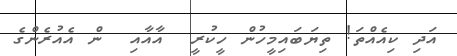
އަދި ކިއެއްތަ! ތިޔަބައިމީހުން ހީކުރީ  އާއާއި  ން އެއުރެންގެ